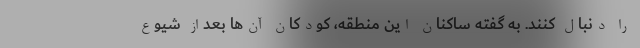
را دنبال کنند. به گفته ساکنان این منطقه، کودکان آن‌ها بعداز شیوع